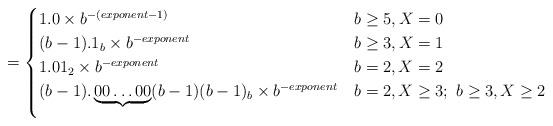
LaTeX: \begin{align*} =\begin{cases}1.0 \times b^{-(exponent-1)} & b \geq 5, X=0 \\(b-1).1_b \times b^{-exponent} & b \geq 3, X=1 \\1.01_2 \times b^{-exponent} & b=2, X=2 \\(b-1).\underbrace{00\ldots00}_{\mathclap{}}(b-1)(b-1)_b \times b^{-exponent} & b=2, X \geq 3; \ b \geq 3, X \geq 2 \\\end{cases}\end{align*}